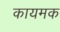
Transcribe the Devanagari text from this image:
कायमक